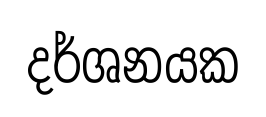
දර්ශනයක